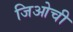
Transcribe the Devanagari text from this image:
जिओची